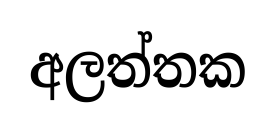
අලත්තක